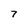
Character: 7